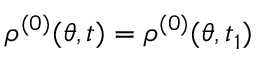
\rho ^ { ( 0 ) } ( \theta , t ) = \rho ^ { ( 0 ) } ( \theta , t _ { 1 } )